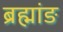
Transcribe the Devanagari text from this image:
ब्रह्मांङ